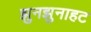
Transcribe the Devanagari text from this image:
झुनझुनाहट